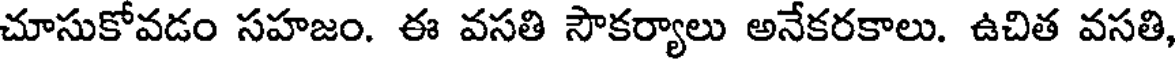
చూసుకోవడం సహజం. ఈ వసతి సౌకర్యాలు అనేకరకాలు. ఉచిత వసతి,